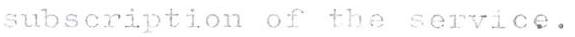
subscription of the service.